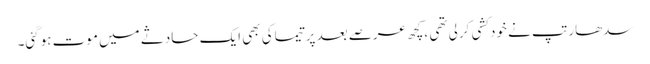
سدھارتپ نے خودکشی کرلی تھی ،کچھ عرصے بعد پرتیماکی بھی ایک حادثے میں موت ہوگئی۔